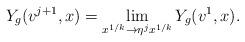
LaTeX: \begin{align*}Y_g(v^{j+1}, x) = \lim_{x^{1/k} \to \eta^j x^{1/k}} Y_g(v^1, x).\end{align*}